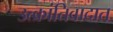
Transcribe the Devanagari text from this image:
उत्क्रांतिवादात